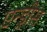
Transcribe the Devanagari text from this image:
एन्ड्रीस